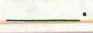
___.